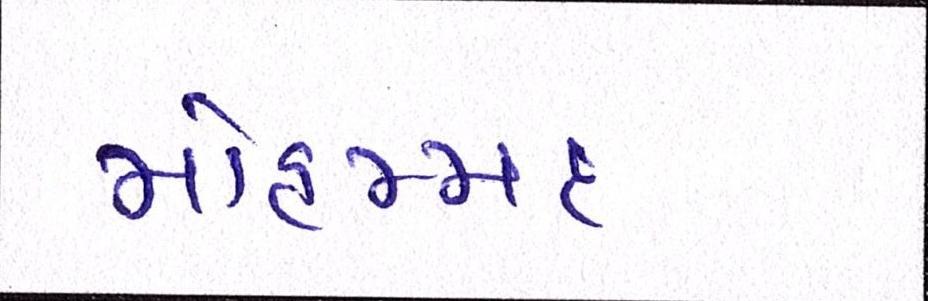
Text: મોહમ્મદ